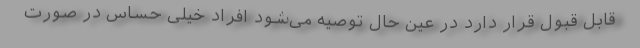
قابل قبول قرار دارد در عین حال توصیه می‌شود افراد خیلی حساس در صورت